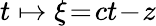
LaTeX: t\mapsto\xi\! =\! ct\! -\! z